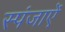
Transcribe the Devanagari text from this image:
स्पंजाऐं